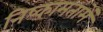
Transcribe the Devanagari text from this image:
निष्कामतामें